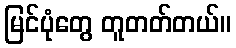
မြင်ပုံတွေ တူတတ်တယ်။